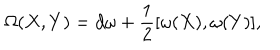
\Omega ( X , Y ) = d \omega + \frac { 1 } { 2 } [ \omega ( X ) , \omega ( Y ) ] ,